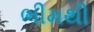
ભીમથી